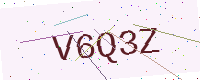
Text: V6Q3Z